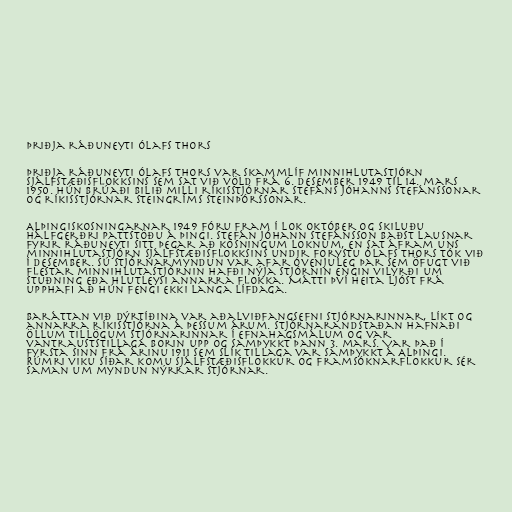
Þriðja ráðuneyti Ólafs Thors

Þriðja ráðuneyti Ólafs Thors var skammlíf minnihlutastjórn
Sjálfstæðisflokksins sem sat við völd frá 6. desember 1949 til 14. mars
1950. Hún brúaði bilið milli ríkisstjórnar Stefáns Jóhanns Stefánssonar
og ríkisstjórnar Steingríms Steinþórssonar.

Alþingiskosningarnar 1949 fóru fram í lok október og skiluðu
hálfgerðri pattstöðu á þingi. Stefán Jóhann Stefánsson baðst lausnar
fyrir ráðuneyti sitt þegar að kosningum loknum, en sat áfram uns
minnihlutastjórn Sjálfstæðisflokksins undir forystu Ólafs Thors tók við
í desember. Sú stjórnarmyndun var afar óvenjuleg þar sem öfugt við
flestar minnihlutastjórnin hafði nýja stjórnin engin vilyrði um
stuðning eða hlutleysi annarra flokka. Mátti því heita ljóst frá
upphafi að hún fengi ekki langa lífdaga.

Baráttan við dýrtíðina var aðalviðfangsefni stjórnarinnar, líkt og
annarra ríkisstjórna á þessum árum. Stjórnarandstaðan hafnaði
öllum tillögum stjórnarinnar í efnahagsmálum og var
vantrauststillaga borin upp og samþykkt þann 3. mars. Var það í
fyrsta sinn frá árinu 1911 sem slík tillaga var samþykkt á Alþingi.
Rúmri viku síðar komu Sjálfstæðisflokkur og Framsóknarflokkur sér
saman um myndun nýrrar stjórnar.